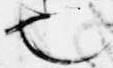
也